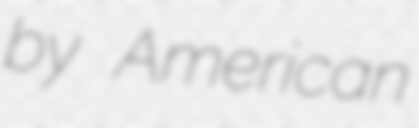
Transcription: by American